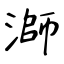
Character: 溮